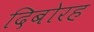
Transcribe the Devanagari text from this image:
दिबोरह